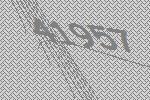
41957